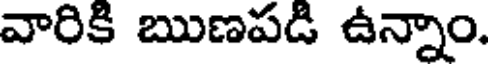
వారికి ఋణపడి ఉన్నాం.